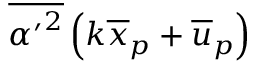
\overline { { { \alpha ^ { \prime } } ^ { 2 } } } \left( k \overline { { x } } _ { p } + \overline { { u } } _ { p } \right)